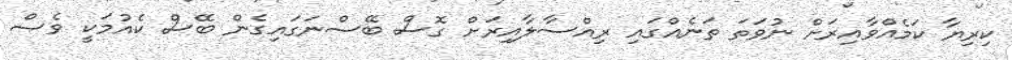
ކިރިޔާ ކަމެއްވާއިރަށް ނުވަތަ ތަނެއްގައި ރިއްސާލާއިރަށް ގޮސް ބޭސްނަގައިގެން ބޭސް ކެއުމަކީ ވެސް